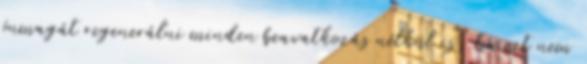
önmagát regenerálni minden beavatkozás nélkül is, ha ezt nem